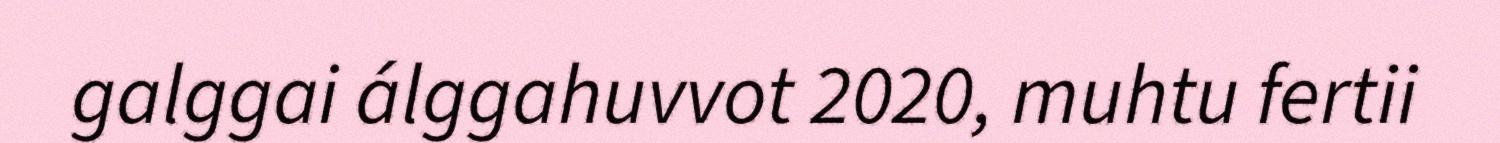
galggai álggahuvvot 2020, muhtu fertii